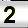
Digit: 2